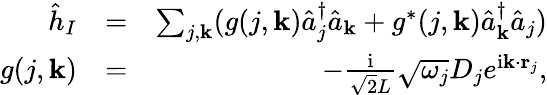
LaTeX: \begin{array}{rlr}{\hat{h}_{I}}&{=}&{\sum_{j,{\mathbf k}}(g(j,{\mathbf k})\hat{a}_{j}^{\dagger}\hat{a}_{{\mathbf k}}+g^{*}(j,{\mathbf k})\hat{a}_{{\mathbf k}}^{\dagger}\hat{a}_{j})}\\ {g(j,{\mathbf k})}&{=}&{-\frac{\mathrm{i}}{\sqrt{2}L}\sqrt{\omega_{j}}D_{j}e^{\mathrm{i}{\mathbf k}\cdot{\mathbf r}_{j}},}\end{array}